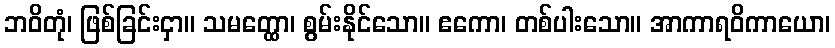
ဘဝိတုံ၊ ဖြစ်ခြင်းငှာ။ သမတ္ထော၊ စွမ်းနိုင်သော။ ဧကော၊ တစ်ပါးသော။ အာကာရဝိကာယော၊